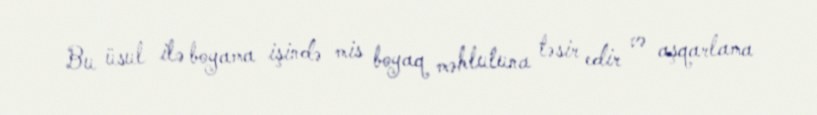
Bu üsul ilə boyama işində mis boyaq məhluluna təsir edir və aşqarlama